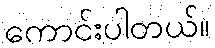
ကောင်းပါတယ်။